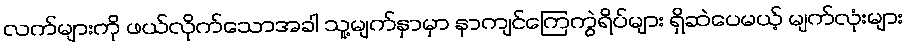
လက်များကို ဖယ်လိုက်သောအခါ သူ့မျက်နှာမှာ နာကျင်ကြေကွဲရိပ်များ ရှိဆဲပေမယ့် မျက်လုံးများ